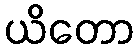
ယိတော